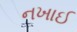
નખાઈ